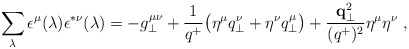
\begin{align*}\sum_{\lambda} \epsilon^\mu(\lambda) \epsilon^{*\nu}(\lambda) =-g_\perp^{\mu \nu} + {1 \over q^+} \bigl(\eta^\mu q_\perp^\nu +\eta^\nu q_\perp^\mu \bigr) + { {\bf q}_\perp^2 \over (q^+)^2}\eta^\mu \eta^\nu \;,\end{align*}